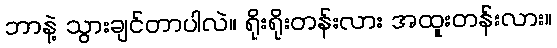
ဘာနဲ့ သွားချင်တာပါလဲ။ ရိုးရိုးတန်းလား အထူးတန်းလား။